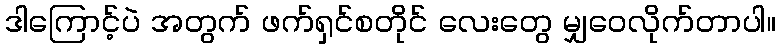
ဒါကြောင့်ပဲ အတွက် ဖက်ရှင်စတိုင် လေးတွေ မျှဝေလိုက်တာပါ။